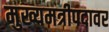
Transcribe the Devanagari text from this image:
मुख्यमत्रीपदावर